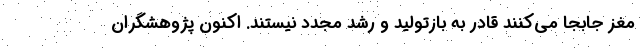
مغز جابجا می‌کنند قادر به بازتولید و رشد مجدد نیستند. اکنون پژوهشگران